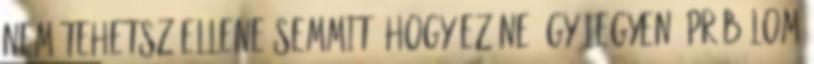
nem tehetsz ellene semmit, hogy ez ne így legyen.-próbálom